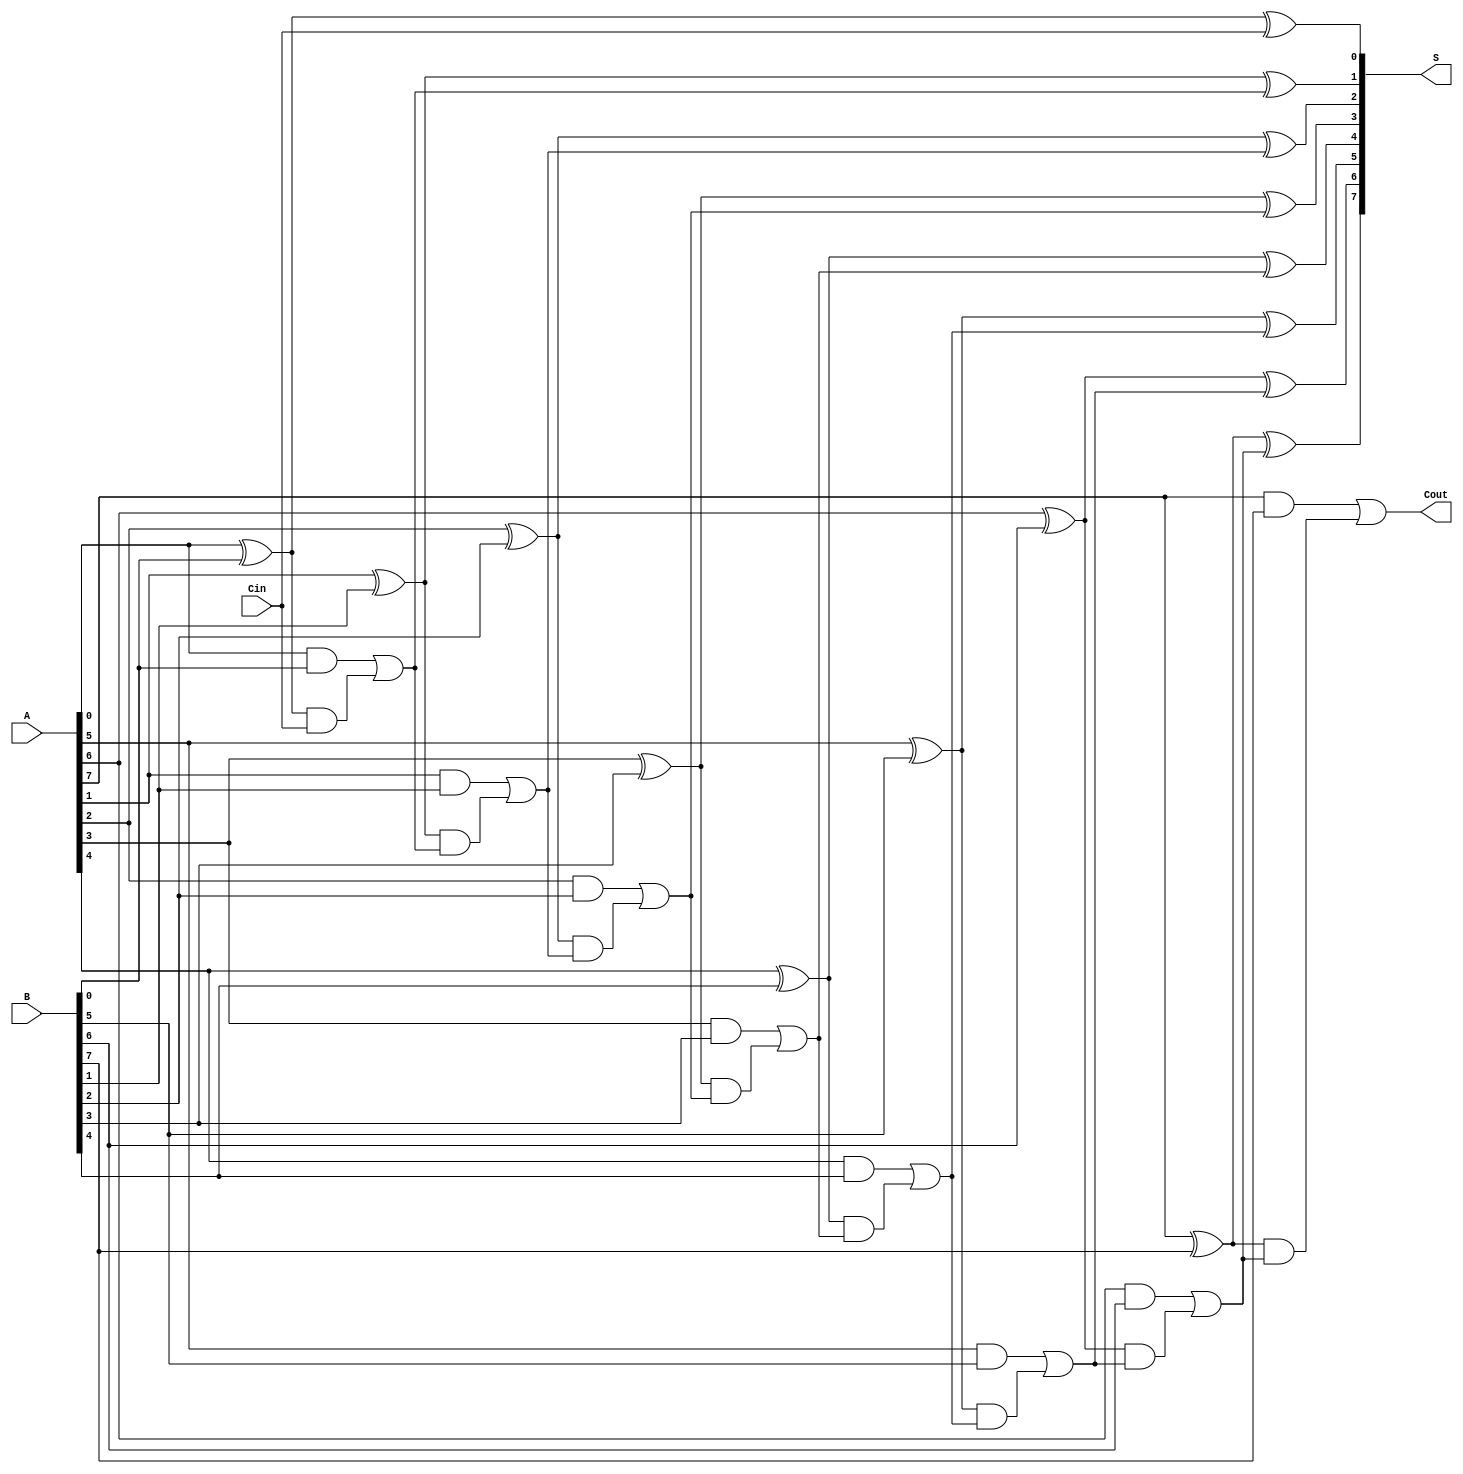
module PrecomputationCarryAdder #(parameter N = 8) (
    input  wire [N-1:0] A,     // First n-bit input
    input  wire [N-1:0] B,     // Second n-bit input
    input  wire Cin,           // Carry-in
    output wire [N-1:0] S,     // n-bit sum output
    output wire Cout           // Carry-out
);

    wire [N:0] C; // Carry signals (C[0] is Cin, C[N] is Cout)
    wire [N-1:0] G; // Generate signals
    wire [N-1:0] P; // Propagate signals

    // Generate and Propagate signals
    genvar i;
    generate
        for (i = 0; i < N; i = i + 1) begin: gen_prop
            assign G[i] = A[i] & B[i]; // Generate: G[i] = A[i] AND B[i]
            assign P[i] = A[i] ^ B[i]; // Propagate: P[i] = A[i] XOR B[i]
        end
    endgenerate

    // Carry Generation Logic
    assign C[0] = Cin; // C[0] is the initial carry-in
    generate
        for (i = 0; i < N; i = i + 1) begin: carry_gen
            assign C[i + 1] = G[i] | (P[i] & C[i]); // C[i+1] = G[i] OR (P[i] AND C[i])
        end
    endgenerate

    // Sum Calculation
    generate
        for (i = 0; i < N; i = i + 1) begin: sum_calc
            assign S[i] = P[i] ^ C[i]; // S[i] = P[i] XOR C[i]
        end
    endgenerate

    // Final Carry-out
    assign Cout = C[N]; // Cout is the last carry

endmodule